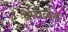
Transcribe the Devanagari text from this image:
ओघळत